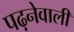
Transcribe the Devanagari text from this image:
पढ़नेवाली